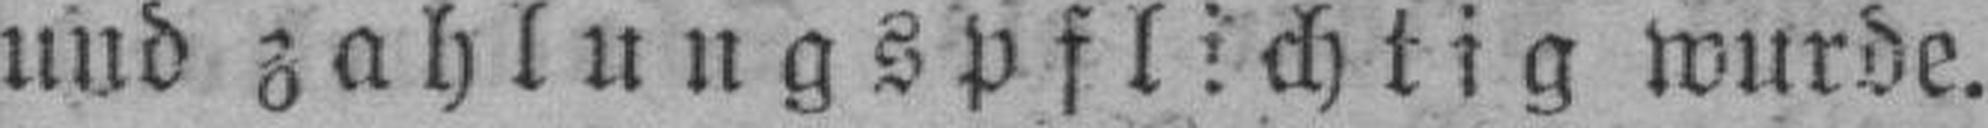
und zahlungspflichtig wurde.